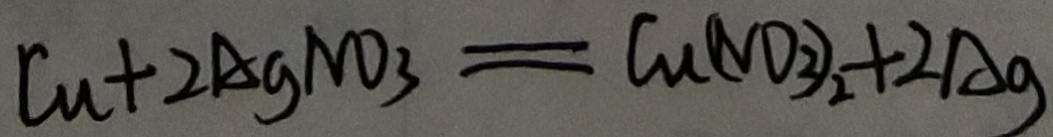
C u + 2 A g N O _ { 3 } = C u ( N O _ { 3 } ) _ { 2 } + 2 A g